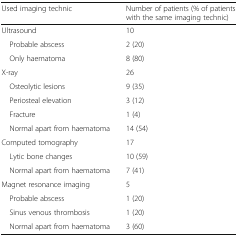
| Used imaging technic | Number of patients (% of patients with the same imaging technic) |
 | --- | --- |
 | Ultrasound | 10 |
 | Probable abscess | 2 (20) |
 | Only haematoma | 8 (80) |
 | X-ray | 26 |
 | Osteolytic lesions | 9 (35) |
 | Periosteal elevation | 3 (12) |
 | Fracture | 1 (4) |
 | Normal apart from haematoma | 14 (54) |
 | Computed tomography | 17 |
 | Lytic bone changes | 10 (59) |
 | Normal apart from haematoma | 7 (41) |
 | Magnet resonance imaging | 5 |
 | Probable abscess | 1 (20) |
 | Sinus venous thrombosis | 1 (20) |
 | Normal apart from haematoma | 3 (60) |